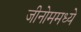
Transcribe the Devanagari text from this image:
जीनोममध्ये